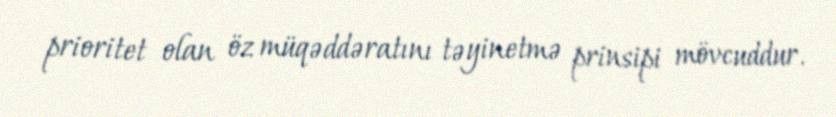
prioritet olan öz müqəddəratını təyinetmə prinsipi mövcuddur.